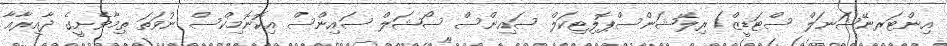
އިންޓަރނޭޝަނަލް ސްޓަޑީޒް/ ރިލޭޝަންސްޕޮލިޓިކަލް ސައިންސް ސޯޝަލް ސައިންސް އިކޮނޮމިކްސް ނުވަތަ ތިމާވެށީގެ ދާއިރާއާ